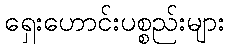
ရှေးဟောင်းပစ္စည်းများ